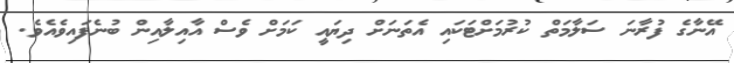
އޭނާގެ ފުރާނަ ސަލާމަތް ކުރުމަށްޓަކައި އެތަނަށް ދިޔައީ ކަމަށް ވެސް އާއިލާއިން ބުނެފައިވެއެވެ.